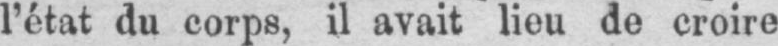
l’état du corps, il avait lieu de croire